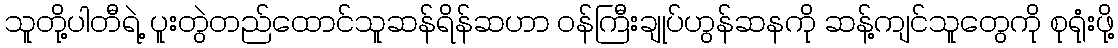
သူတို့ပါတီရဲ့ ပူးတွဲတည်ထောင်သူဆန်ရိန်ဆဟာ ဝန်ကြီးချုပ်ဟွန်ဆနကို ဆန့်ကျင်သူတွေကို စုရုံးဖို့